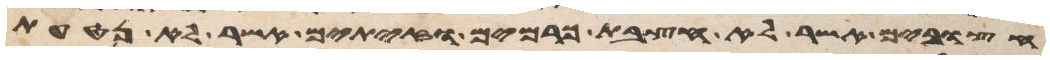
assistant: חצובים אשר לא חצבת כרמים וזיתים אשר לא נטעת